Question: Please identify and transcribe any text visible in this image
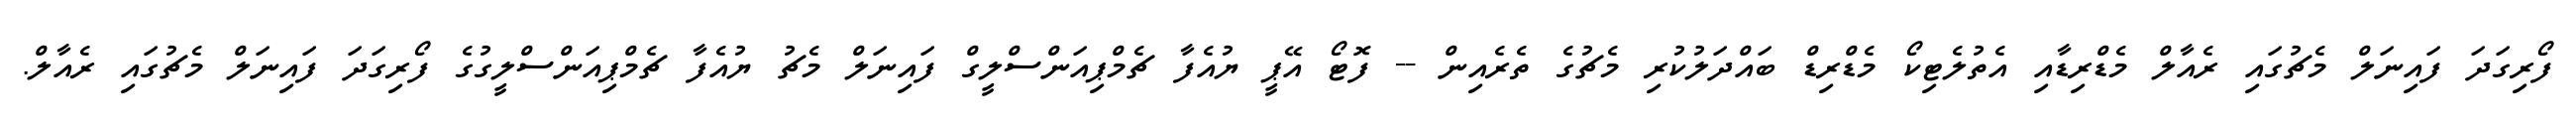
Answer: ފޯރިގަދަ ފައިނަލް މެޗުގައި ރެއާލް މެޑްރިޑާއި އެތުލެޓިކޯ މެޑްރިޑް ބައްދަލުކުރި މެޗުގެ ތެރެއިން -- ފޮޓޯ އޭޕީ ޔުއެފާ ޗެމްޕިއަންސްލީގް ފައިނަލް މެޗު ޔުއެފާ ޗެމްޕިއަންސްލީގުގެ ފޯރިގަދަ ފައިނަލް މެޗުގައި ރެއާލް.